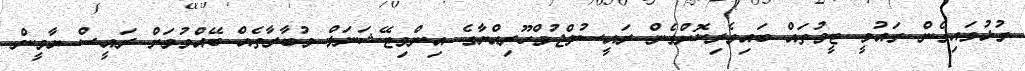
ގުޅުވައިގެން ގައުމީ ޓީމުތައް ބައިވެރިކޮށްގެން ރައީސުލްޖުމްހޫރިއްޔާގެ އިންވިޓޭޝަނަލް މުބާރާތެއް ބޭއްވުމަށް ރައީސް ޔާމީން